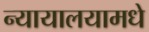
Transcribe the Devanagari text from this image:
न्यायालयामधे